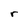
Character: r